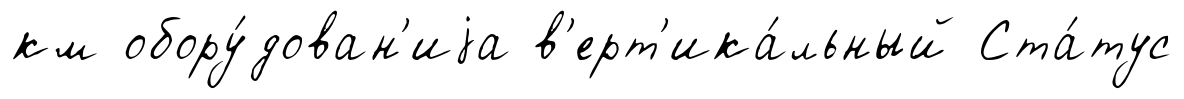
км обору́дован'иjа в'ерт'ика́льный Ста́тус